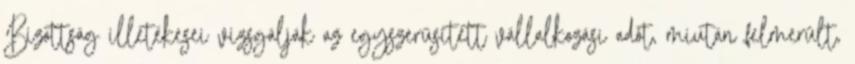
Bizottság illetékesei vizsgálják az egyszerűsített vállalkozási adót, miután felmerült,